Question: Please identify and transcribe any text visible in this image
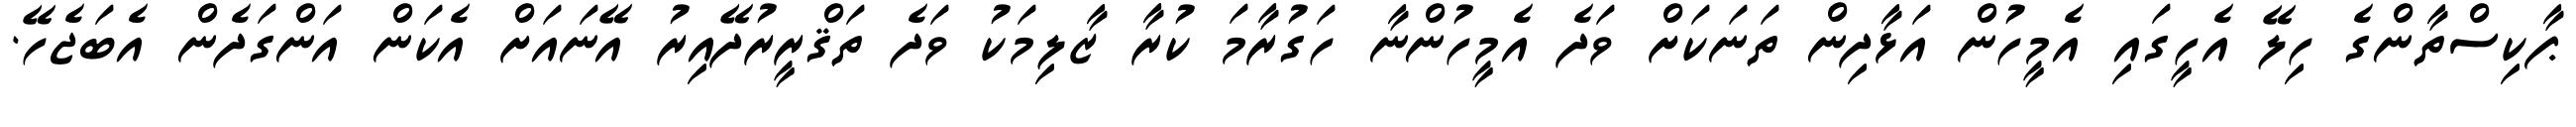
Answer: ޕާކިސްތާންގެ ހިލޭ އެހީގައި އެމީހުން އަޅާދިން ތަނަކަށް ވަދެ އެމީހުންނާ ހަގުރާމަ ކުރާ ޒާލިމަކު ވަދެ ތަޤްރީރުދޭއިރު އޭނައަށް އެކަން އަންގަދެން އެބަޖެހޭ.